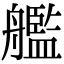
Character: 艦